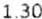
1.30